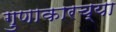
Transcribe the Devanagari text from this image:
गुणाकारच्या